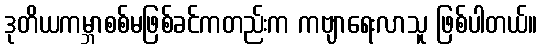
ဒုတိယကမ္ဘာစစ်မဖြစ်ခင်ကတည်းက ကဗျာရေးလာသူ ဖြစ်ပါတယ်။